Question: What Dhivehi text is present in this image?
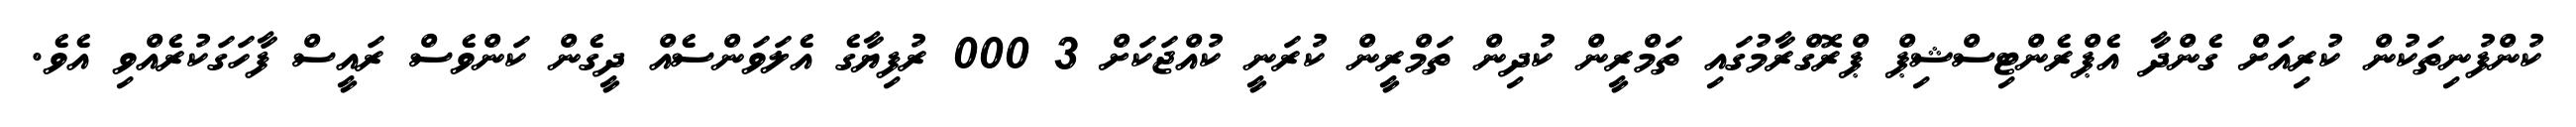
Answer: ކުންފުނިތަކުން ކުރިއަށް ގެންދާ އެޕްރެންޓިސްޝިޕް ޕްރޮގްރާމުގައި ތަމްރީން ކުދިން ތަމްރީން ކުރަނީ ކުއްޖަކަށް 3 000 ރުފިޔާގެ އެލަވަންސެއް ދީގެން ކަންވެސް ރައީސް ފާހަގަކުރެއްވި އެވެ.